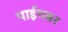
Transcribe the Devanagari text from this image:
पाईगबर